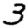
Digit: 3